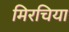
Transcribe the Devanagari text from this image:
मिरचिया